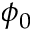
\phi _ { 0 }